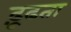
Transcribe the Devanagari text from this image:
ढ़ूढता